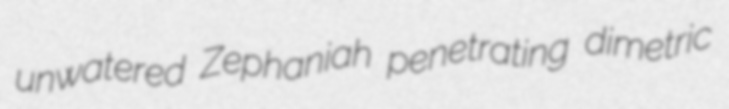
unwatered Zephaniah penetrating dimetric